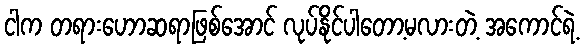
ငါက တရားဟောဆရာဖြစ်အောင် လုပ်နိုင်ပါတော့မလားတဲ့ အကောင်ရဲ့